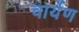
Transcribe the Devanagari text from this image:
चार्येण